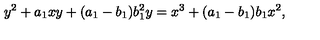
y ^ { 2 } + a _ { 1 } x y + ( a _ { 1 } - b _ { 1 } ) b _ { 1 } ^ { 2 } y = x ^ { 3 } + ( a _ { 1 } - b _ { 1 } ) b _ { 1 } x ^ { 2 } ,